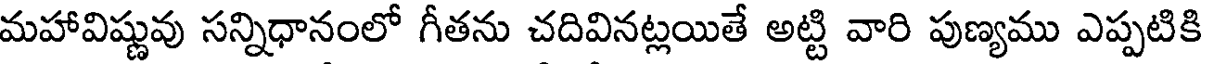
మహావిష్ణువు సన్నిధానంలో గీతను చదివినట్లయితే అట్టి వారి పుణ్యము ఎప్పటికి